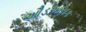
ઔડઆયક